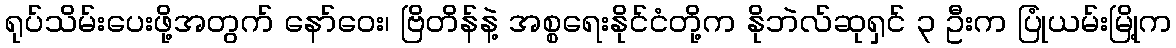
ရုပ်သိမ်းပေးဖို့အတွက် နော်ဝေး၊ ဗြိတိန်နဲ့ အစ္စရေးနိုင်ငံတို့က နိုဘဲလ်ဆုရှင် ၃ ဦးက ပြုံယမ်းမြို့က